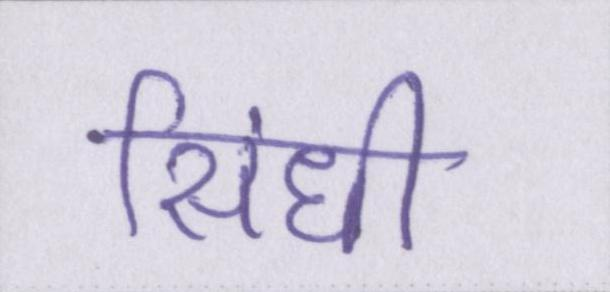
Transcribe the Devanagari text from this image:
सिंधी